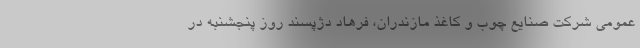
عمومی شرکت صنایع چوب و کاغذ مازندران، فرهاد دژپسند روز پنجشنبه در